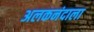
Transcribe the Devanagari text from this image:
अलकनंदाला